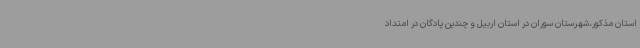
استان مذکور،شهرستان سوران در استان اربیل و چندین پادگان در امتداد